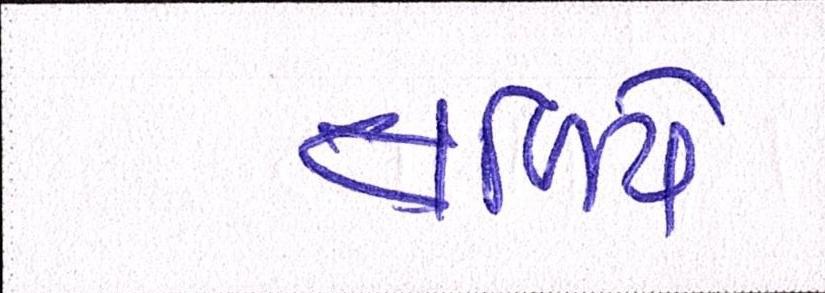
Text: તળિયે